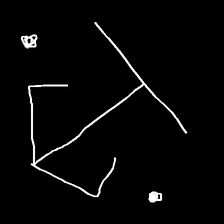
Glyph: earth